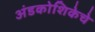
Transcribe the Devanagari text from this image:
अंडकोशिकेचे